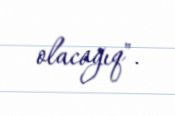
olacağıq".